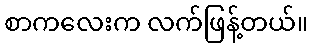
စာကလေးက လက်ဖြန့်တယ်။